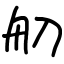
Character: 舠